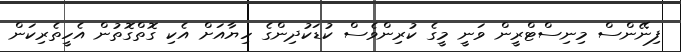
ފިނޭންސް މިނިސްޓްރީން ވަނީ މީގެ ކުރިންވެސް ކުޑަކުދިންގެ ހިޔާއަށް އެކި ގޮތްގޮތުން އެހީތެރިކަން